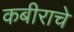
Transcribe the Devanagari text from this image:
कबीराचे